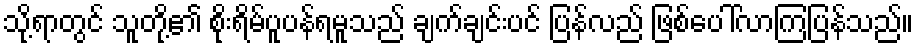
သို့ရာတွင် သူတို့၏ စိုးရိမ်ပူပန်ရမူသည် ချက်ချင်းပင် ပြန်လည် ဖြစ်ပေါ်လာကြပြန်သည်။